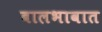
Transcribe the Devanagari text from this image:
बालभावात